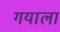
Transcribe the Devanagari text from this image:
गयाला